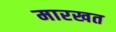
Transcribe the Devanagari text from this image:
मारखत